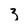
Character: 3